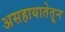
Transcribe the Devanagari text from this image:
असहायातेतून